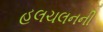
હલચલનની